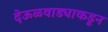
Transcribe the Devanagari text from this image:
देऊळवाड्याकडून